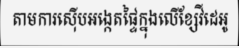
តាមការស៊ើបអង្កេតផ្ទៃក្នុងលើខ្សែវីដេអូ